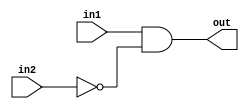
// https://hdlbits.01xz.net/wiki/Exams/m2014_q4f

module top_module (
    input in1,
    input in2,
    output out);

    assign out = in1 & ~in2;
endmodule